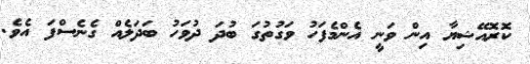
ކޮރޮއޭޝިޔާ އިން ވަނީ އެންމެފަހު ވަގުތުގަ ބުދަ ދުވަހު ބަދަލެއް ގެނެސްފަ އެވެ.